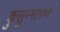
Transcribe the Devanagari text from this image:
कुसुम्भारुणं